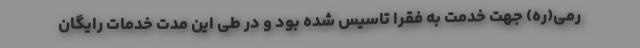
رمی(ره) جهت خدمت به فقرا تاسیس شده بود و در طی این مدت خدمات رایگان